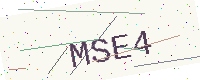
Text: MSE4